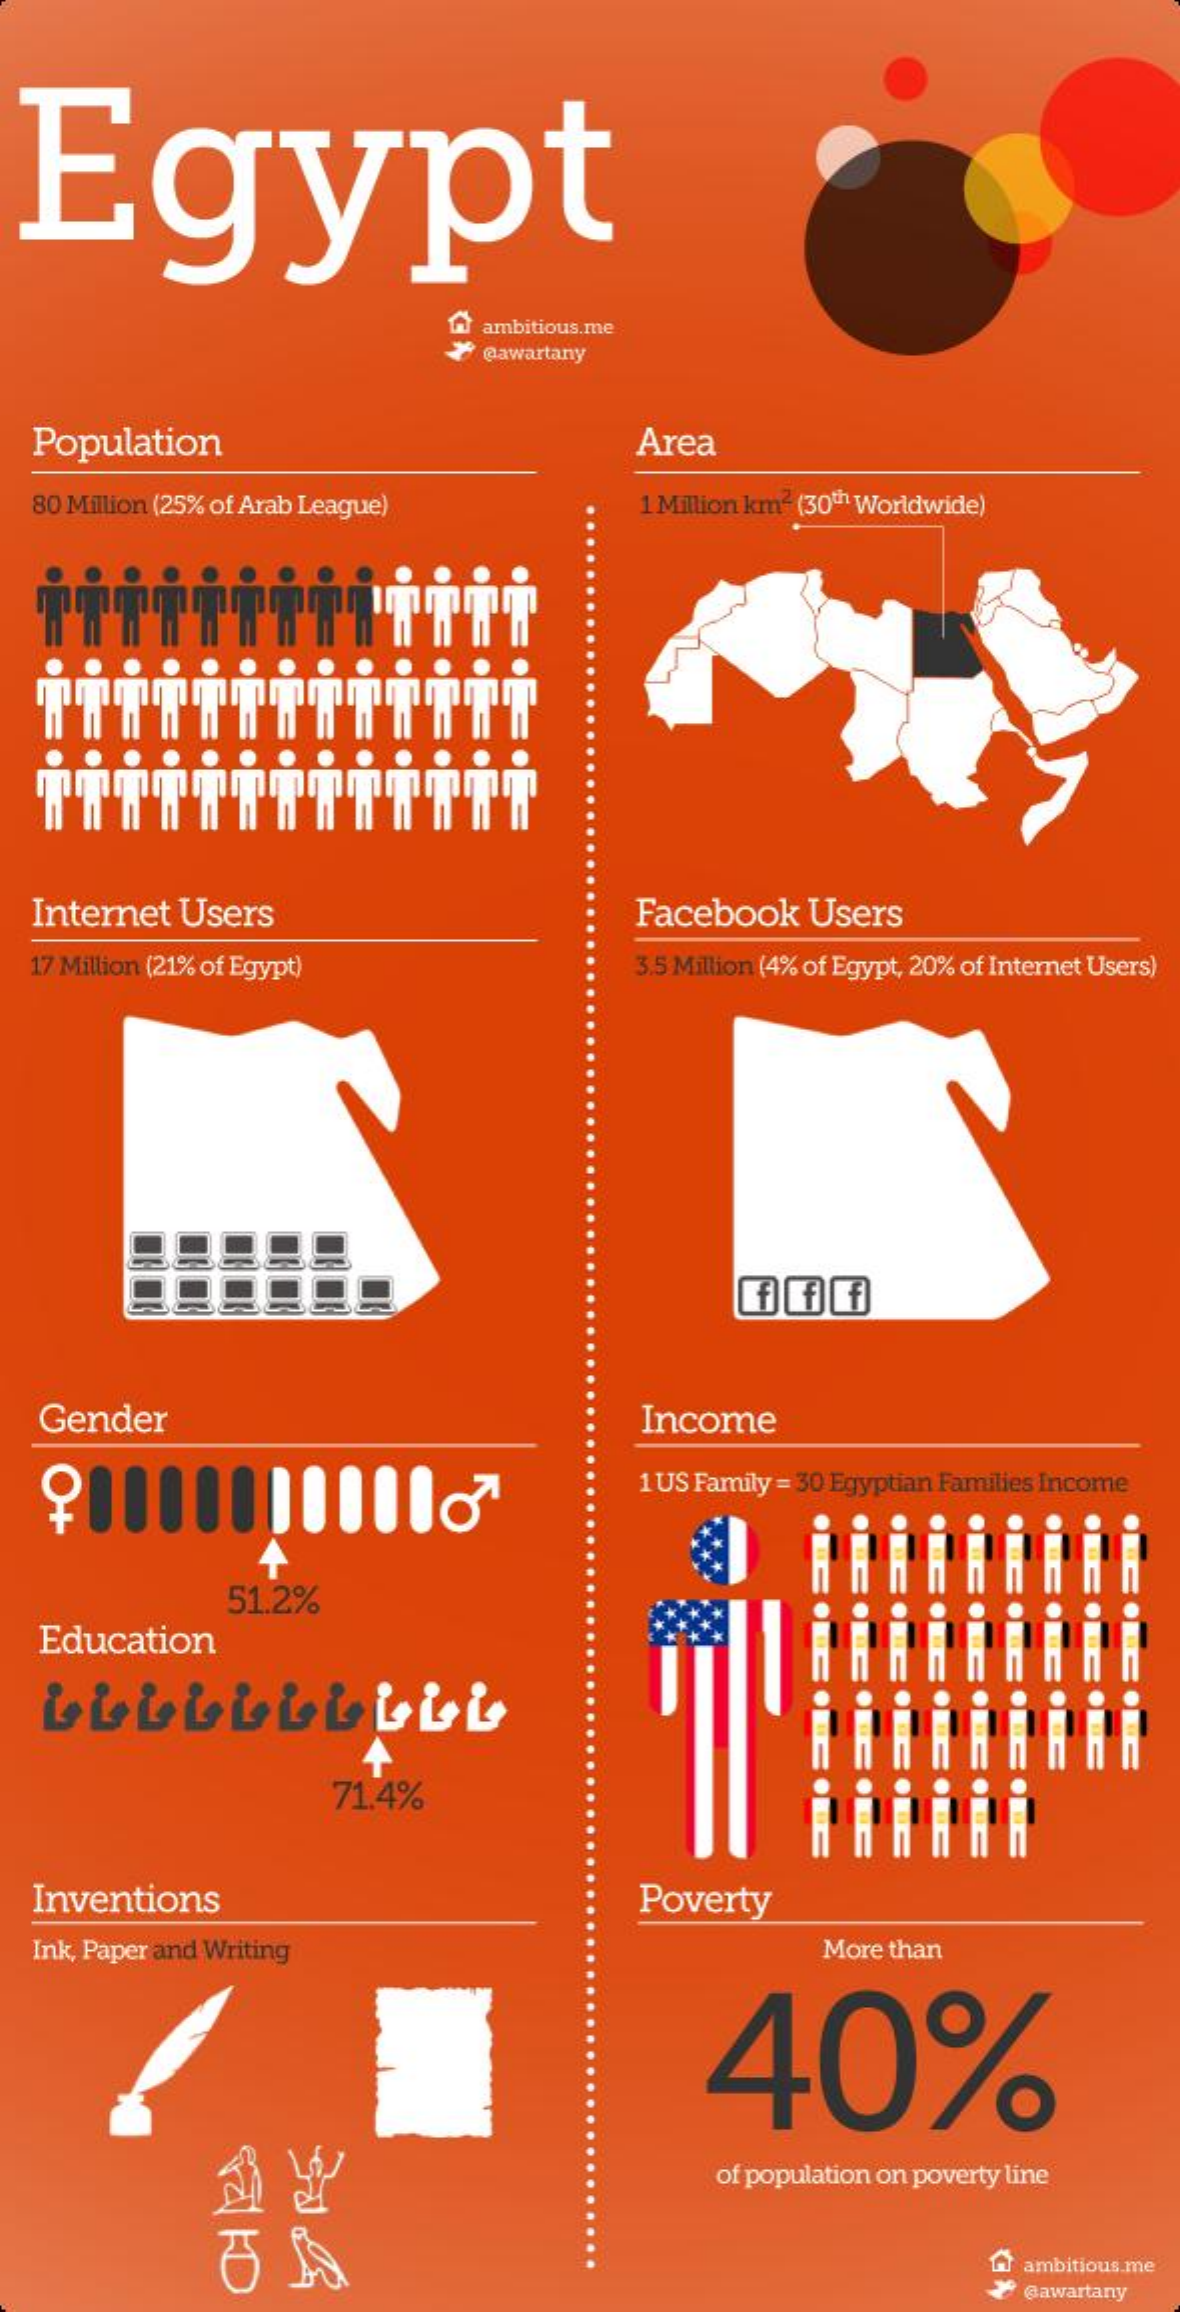
Egypt
     ambitious.me
     @awartany
  Population    Area
  80 Million (25% of Arab League)  1 Million km2 (30th Worldwide)
  Internet Users    Facebook Users
  17 Million (21% of Egypt)    3.5 Million (4% of Egypt, 20% of Internet Users)
  Gender    Income
     1 US Family = 30 Egyptian Families Income
     51.2%
  Education
     71.4%
  Inventions    Poverty
  Ink, Paper and Writing    More than
     40%
     of population on poverty line
     百    A
     ambitious.me
     @awartany